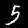
Digit: 5